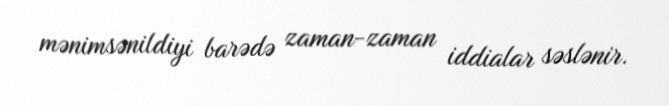
mənimsənildiyi barədə zaman-zaman iddialar səslənir.